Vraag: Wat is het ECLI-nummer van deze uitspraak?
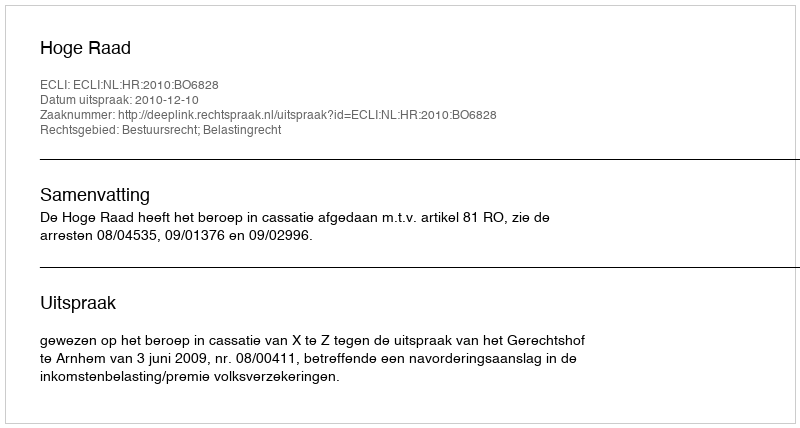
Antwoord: ECLI:NL:HR:2010:BO6828